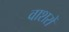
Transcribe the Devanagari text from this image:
वाशरों